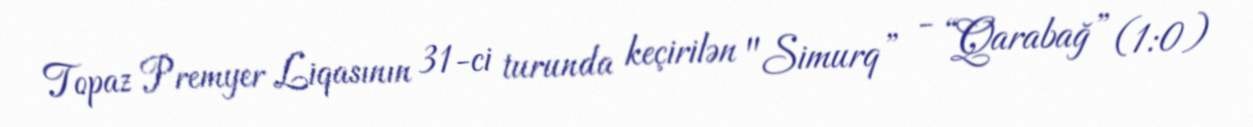
Topaz Premyer Liqasının 31-ci turunda keçirilən "Simurq” - “Qarabağ” (1:0)